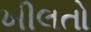
ખીલતો